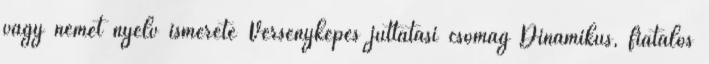
vagy német nyelv ismerete Versenyképes juttatási csomag Dinamikus, fiatalos